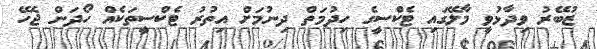
ޒުބޭރު ވިދާޅުވީ މާލޭގައި ޓެކްސީގެ ހިދުމަތް ދިނުމަށް އިތުރު ޓެކްސީތަކެއް ހޯދަން ޖެހޭ